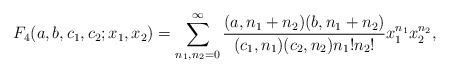
\begin{align*}F_4(a,b,c_1,c_2;x_1,x_2)=\sum_{n_1,n_2=0}^\infty\frac{(a,n_1+n_2)(b,n_1+n_2)}{(c_1,n_1)(c_2,n_2)n_1!n_2!}x_1^{n_1}x_2^{n_2},\end{align*}